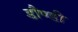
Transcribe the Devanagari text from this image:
डौण्डी